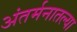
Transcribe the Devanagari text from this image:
अंतर्मनातल्या